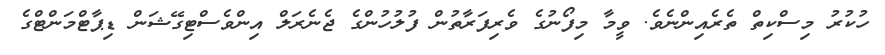
ހުކުރު މިސްކިތް ތެރެއިންނެވެ. ވީމާ މިފޯނުގެ ވެރިފަރާތުން ފުލުހުންގެ ޖެނެރަލް އިންވެސްޓިގޭޝަން ޑިޕާޓްމަންޓްގެ